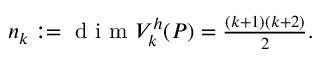
\begin{array} { r } { n _ { k } : = \textrm { d i m } V _ { k } ^ { h } ( { P } ) = \frac { ( k + 1 ) ( k + 2 ) } { 2 } . } \end{array}